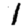
Digit: 1